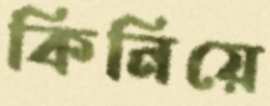
কিনিয়ে